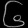
Digit: ၆